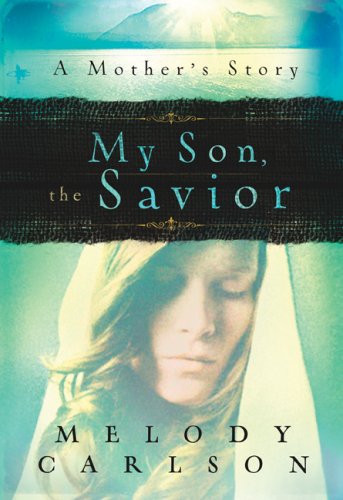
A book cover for My Son, the Savior: A Mother's Story; Melody Carlson; Christian Books & Bibles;